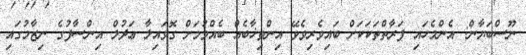
ނޫސްބަޔާން: އެންމެހައި ފަރާތްތަކަކަށް ބައިވެރިވެވޭ އިންތިޚާބެއް ބެއްވުމަށް ގޮވައިލާ ޢަދުލް އިންސާފުގެ ނިޒާމުގައި